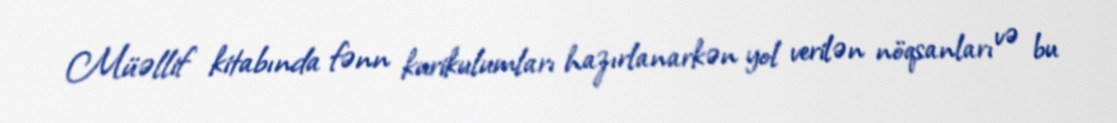
Müəllif kitabında fənn kurikulumları hazırlanarkən yol verilən nöqsanları və bu